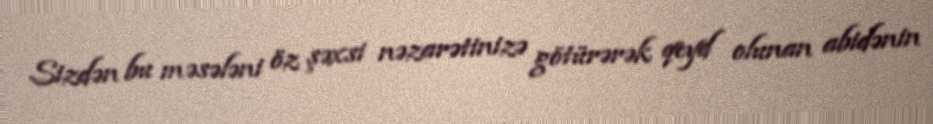
Sizdən bu məsələni öz şəxsi nəzarətinizə götürərək qeyd olunan abidənin